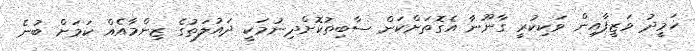
ހަމީދު ވަޒީފާއިން ވަކިކުރީ ގާނޫނާ އެގޮތަށްކަން ސާބިތުކޮށްދިނުމަކީ ދައުލަތުގެ ޒިންމާއެއް ކަމަށް ބުނެ